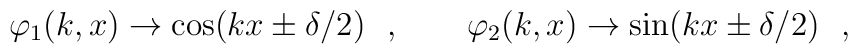
\varphi_1(k,x)\to \cos (kx \pm \delta/2) \ \ , \qquad\varphi_2(k,x)\to \sin (kx \pm \delta/2) \ \ ,